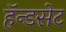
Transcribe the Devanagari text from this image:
हॅन्डसेट